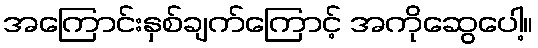
အကြောင်းနှစ်ချက်ကြောင့် အကိုဆွေပေါ့။